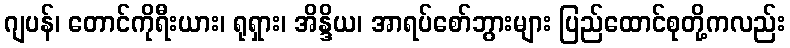
ဂျပန်၊ တောင်ကိုရီးယား၊ ရုရှား၊ အိန္ဒိယ၊ အာရပ်စော်ဘွားများ ပြည်ထောင်စုတို့ကလည်း